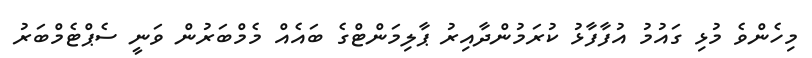
މިހެންވެ މުޅި ގައުމު އުފާފާޅު ކުރަމުންދާއިރު ޕާލިމަންޓްގެ ބައެއް މެމްބަރުން ވަނީ ސެޕްޓެމްބަރު